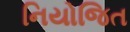
નિયોજિત